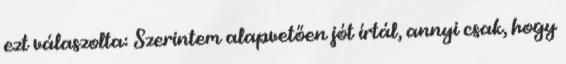
ezt válaszolta: Szerintem alapvetően jót írtál, annyi csak, hogy